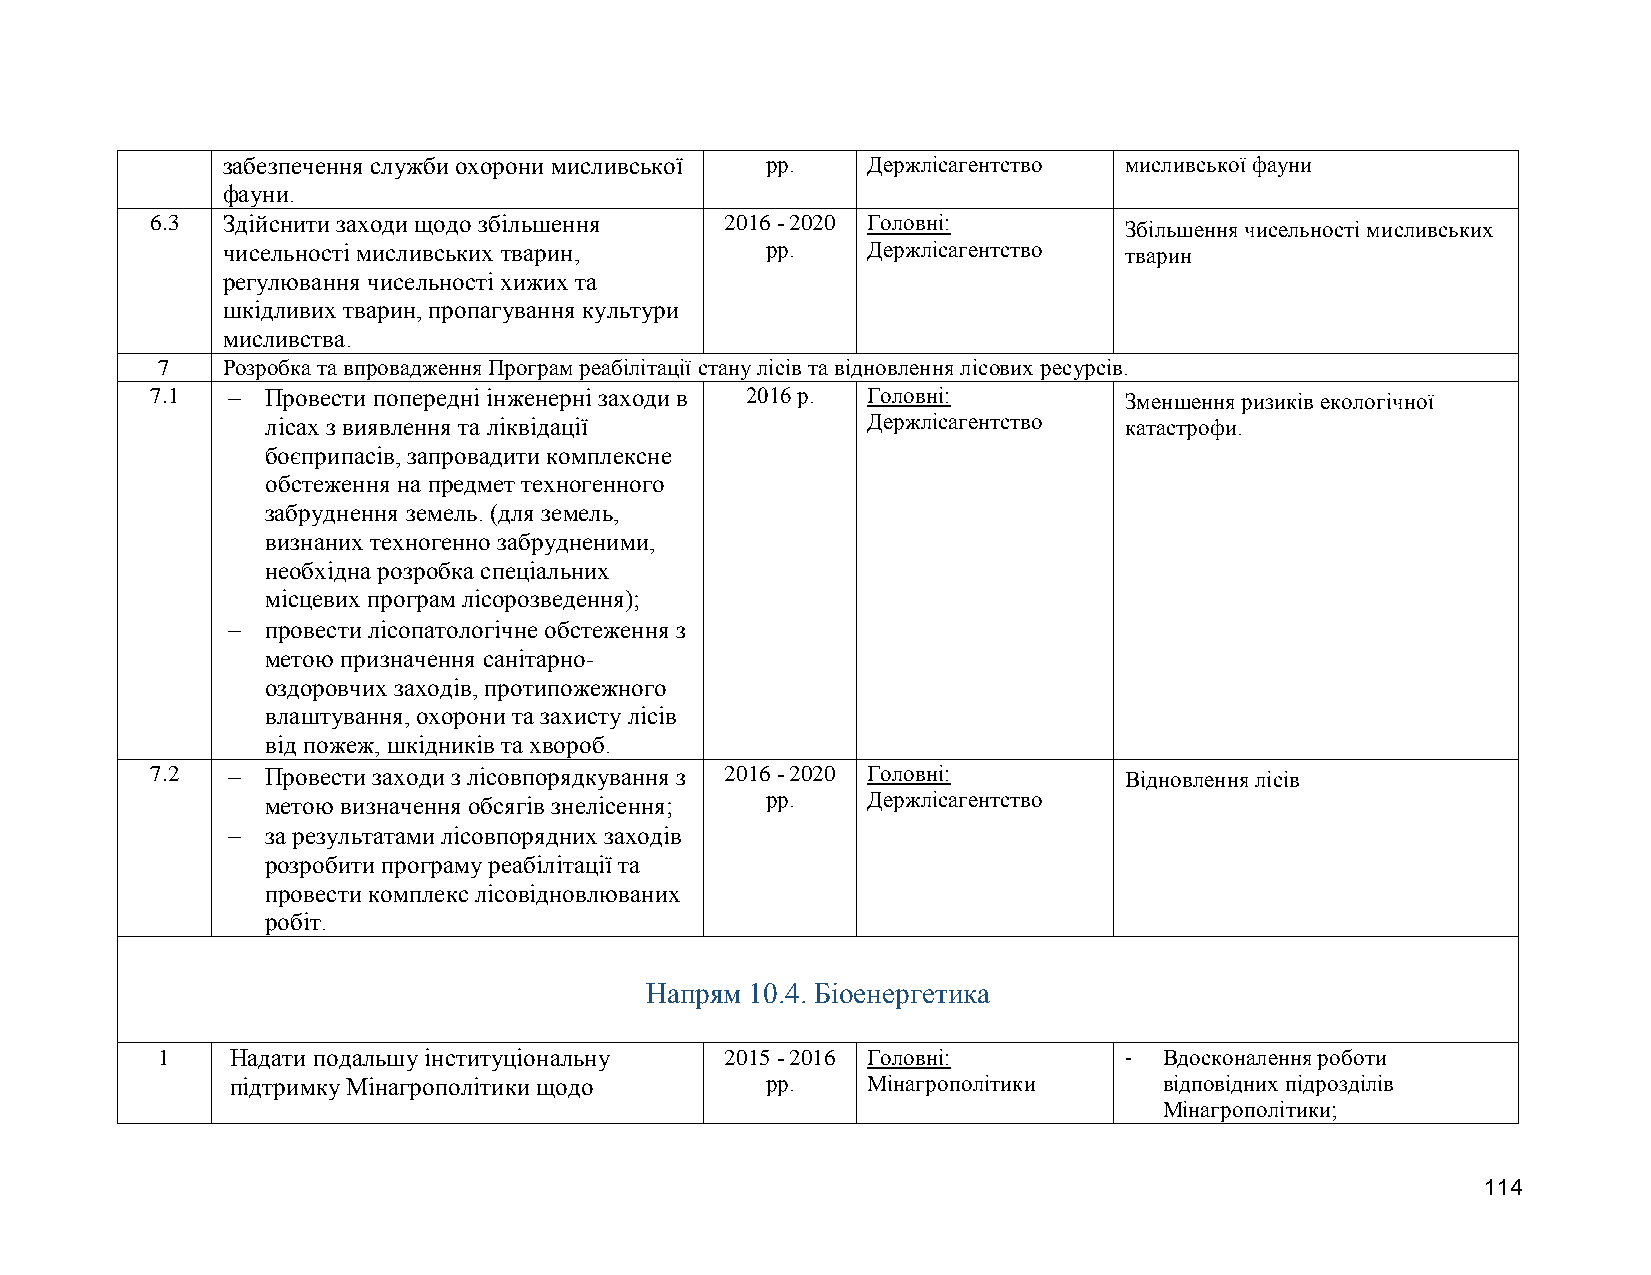
забезпечення служби охорони мисливської рр. Держлісагентство мисливської фауни
 фауни.
 6.3  Здійснити заходи щодо збільшення 2016 - 2020 Головні:
 Збільшення чисельності мисливських
 чисельності мисливських тварин,     рр.   Держлісагентство тварин
 регулювання чисельності хижих та
 шкідливих тварин, пропагування культури
 мисливства.
 7    Розробка та впровадження Програм реабілітації стану лісів та відновлення лісових ресурсів.
 7.1    Провести попередні інженерні заходи в 2016 р. Головні:  Зменшення ризиків екологічної
 лісах з виявлення та ліквідації        Держлісагентство катастрофи.
 боєприпасів, запровадити комплексне
 обстеження на предмет техногенного
 забруднення земель. (для земель,
 визнаних техногенно забрудненими,
 необхідна розробка спеціальних
 місцевих програм лісорозведення);
   провести лісопатологічне обстеження з
 метою призначення санітарно-
 оздоровчих заходів, протипожежного
 влаштування, охорони та захисту лісів
 від пожеж, шкідників та хвороб.
 7.2    Провести заходи з лісовпорядкування з 2016 - 2020 Головні: Відновлення лісів
 метою визначення обсягів знелісення; рр. Держлісагентство
   за результатами лісовпорядних заходів
 розробити програму реабілітації та
 провести комплекс лісовідновлюваних
 робіт.
 Напрям 10.4. Біоенергетика
 1    Надати подальшу інституціональну 2015 - 2016 Головні:      -  Вдосконалення роботи
 підтримку Мінагрополітики щодо      рр.   Мінагрополітики     відповідних підрозділів
 Мінагрополітики;
 114